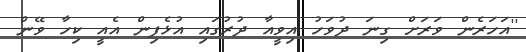
''އަހަރެން ވަރަށް ގިނަ ދުވަހު އިވީއާ ދުރުގައި އުޅެފިން އެއީ ކިހާ ވޭން